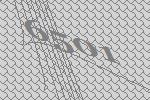
6501